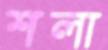
শলা